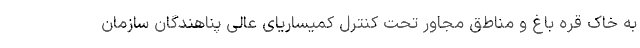
به خاک قره باغ و مناطق مجاور تحت کنترل کمیساریای عالی پناهندگان سازمان